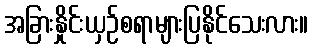
အခြားနှိုင်းယှဉ်စရာများပြနိုင်သေးလား။